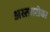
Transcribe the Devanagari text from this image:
अस्तबरोबर